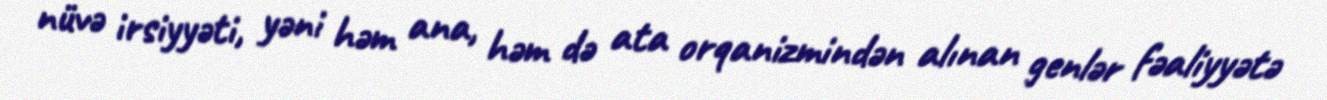
nüvə irsiyyəti, yəni həm ana, həm də ata orqanizmindən alınan genlər fəaliyyətə